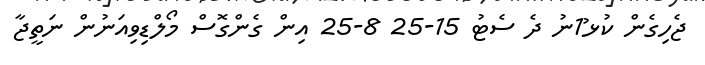
ޖެހިގެން ކުޅ1ުނު ދެ ސެޓު 15-25 8-25 އިން ގެންގޮސް މޯލްޑިވިއަނުން ނަތީޖާ